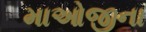
માઓજીના